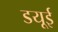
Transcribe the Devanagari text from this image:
डयूई